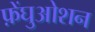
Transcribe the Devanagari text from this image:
फ़ेंघुओशन